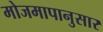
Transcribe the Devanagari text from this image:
मोजमापानुसार